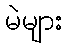
မဲများ